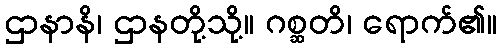
ဌာနာနိ၊ ဌာနတို့သို့။ ဂစ္ဆတိ၊ ရောက်၏။